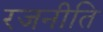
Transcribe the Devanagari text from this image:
रजनीति